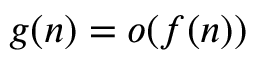
g ( n ) = o ( f ( n ) )